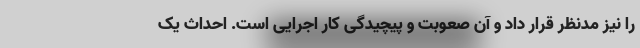
را نیز مدنظر قرار داد و آن صعوبت و پیچیدگی کار اجرایی است. احداث یک